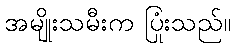
အမျိုးသမီးက ပြုံးသည်။